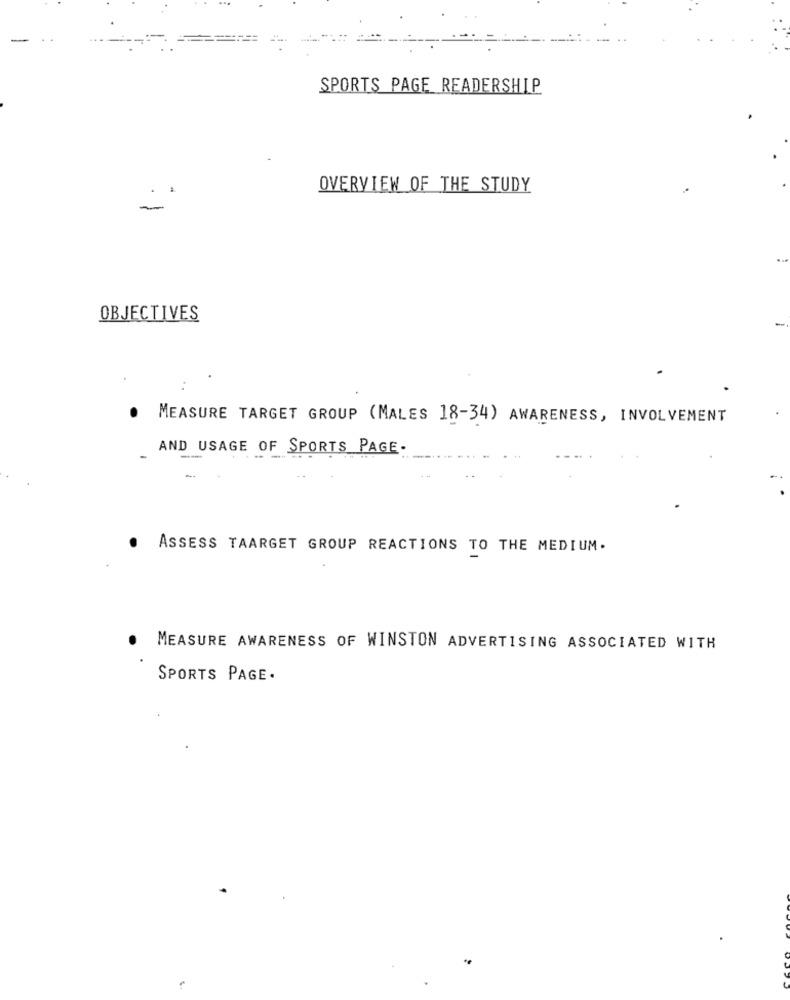
SPORTS PAGE READERSHIP
OVERVIEW OF THE STUDY
OBJECTIVES
..
. MEASURE TARGET GROUP (MALES 18-34) AWARENESS, INVOLVEMENT
AND USAGE OF SPORTS PAGE.
ASSESS TAARGET GROUP REACTIONS TO THE MEDIUM.
MEASURE AWARENESS OF WINSTON ADVERTISING ASSOCIATED WITH
SPORTS PAGE.